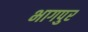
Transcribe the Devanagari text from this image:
भागपुर